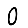
Digit: 0